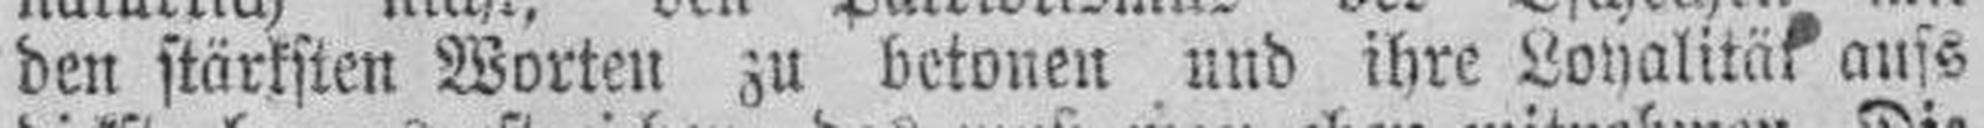
den stärksten Worten zu betonen und ihre Loyalitäf aufs